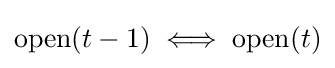
\mathrm {open} (t-1)\iff \mathrm {open} (t)